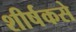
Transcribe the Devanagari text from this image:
शीर्षकसे